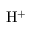
\mathrm { H ^ { + } }